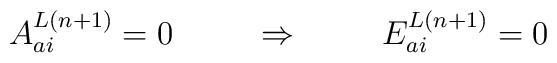
A^{L(n+1)}_{ai} = 0 \hspace{1cm} \Rightarrow \hspace{1cm} E^{L(n+1)}_{ai} = 0